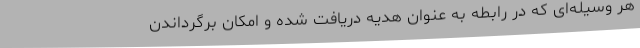
هر وسیله‌ای که در رابطه به عنوان هدیه دریافت شده و امکان برگرداندن